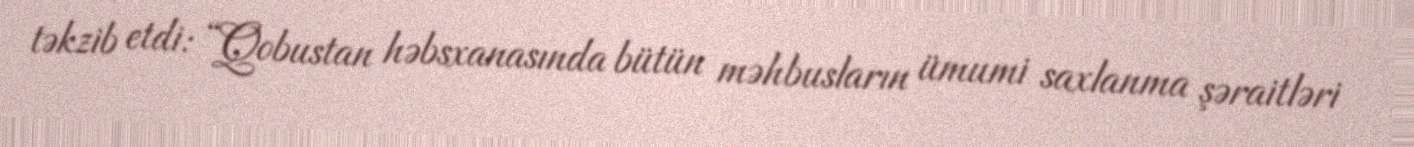
təkzib etdi: “Qobustan həbsxanasında bütün məhbusların ümumi saxlanma şəraitləri